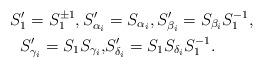
LaTeX: \begin{align*}S'_1=S^{\pm 1}_1,S'_{\alpha_i}&=S_{\alpha_i},S'_{\beta_i}=S_{\beta_i}S^{-1}_1,\\S'_{\gamma_i}=S_1 S_{\gamma_i},&S'_{\delta_i}=S_1 S_{\delta_i}S^{-1}_1.\end{align*}